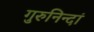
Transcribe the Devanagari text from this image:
गुरुनिन्दां